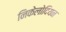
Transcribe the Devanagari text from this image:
निकेलोदियन